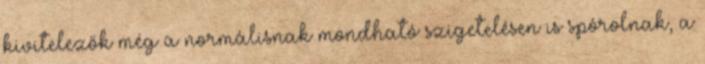
kivitelezők még a normálisnak mondható szigetelésen is spórolnak, a